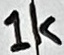
Text: 1k